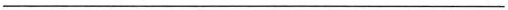
___